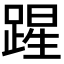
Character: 𮛲